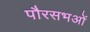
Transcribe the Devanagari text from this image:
पौरसभओं